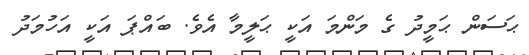
ޙަސަން ޙަމީދު ގެ މަންމަ އަކީ ޙަލީމާ އެވެ. ބައްޕަ އަކީ އަހުމަދު